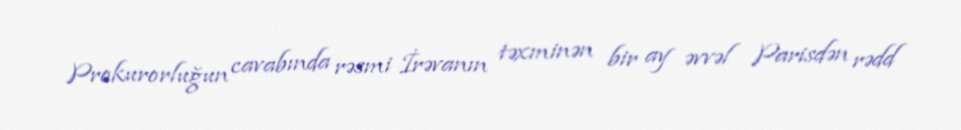
Prokurorluğun cavabında rəsmi İrəvanın təxminən bir ay əvvəl Parisdən rədd